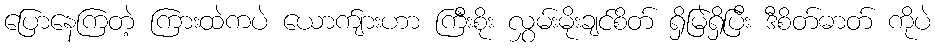
ပြောနေကြတဲ့ ကြားထဲကပဲ ယောက်ျားဟာ ကြီးစိုး လွှမ်းမိုးချင်စိတ် ရှိမြဲရှိပြီး ဒီစိတ်ဓာတ် ကိုပဲ